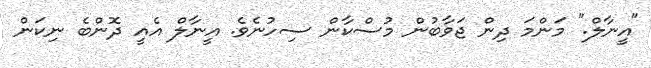
"އީނާލް." މަންމަ ދިން ޖަވާބުން މުސްކާން ސިހުނެވެ. އީނާލް އެއީ ދޮންބެ ނިކަން